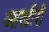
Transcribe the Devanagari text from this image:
आखीरी